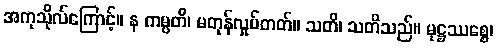
အကုသိုလ်ကြောင့်။ န ကမ္ပတိ၊ မတုန်လှုပ်တတ်။ သတိ၊ သတိသည်။ မုဋ္ဌဿစ္စေ၊